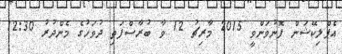
އެޕްލިކޭޝަން ފޮނުވަންވީ 2015 މާރިޗު 12 ވާ ބުރާސްފަތި ދުވަހުގެ މެންދުރު 12:30